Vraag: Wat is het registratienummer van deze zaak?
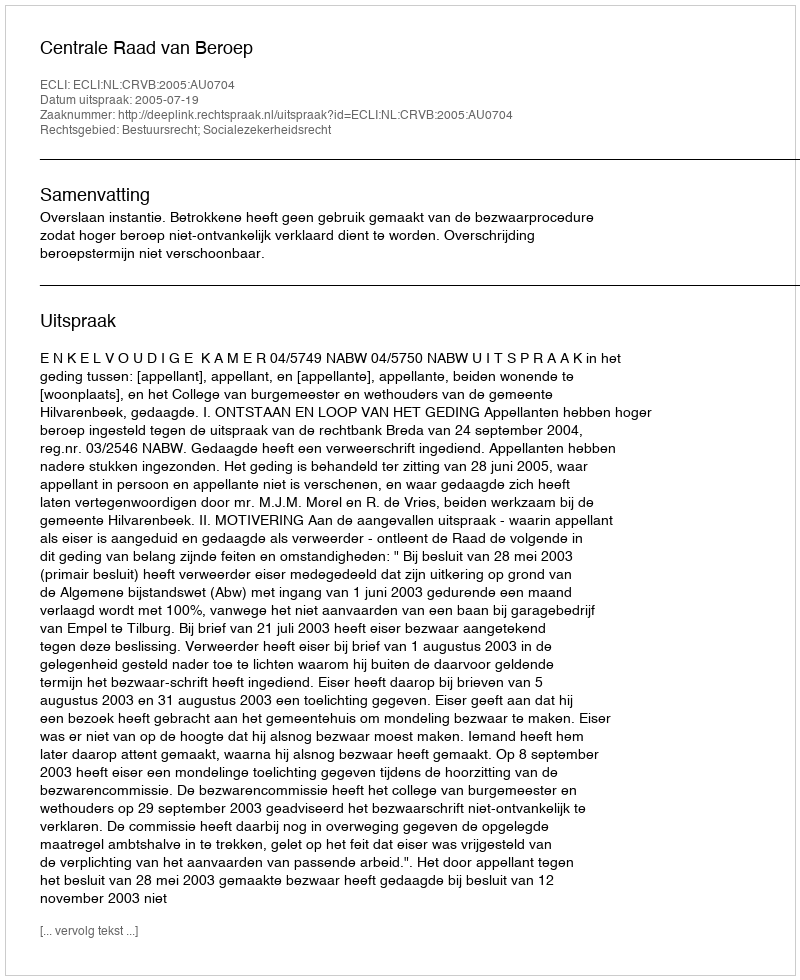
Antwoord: http://deeplink.rechtspraak.nl/uitspraak?id=ECLI:NL:CRVB:2005:AU0704